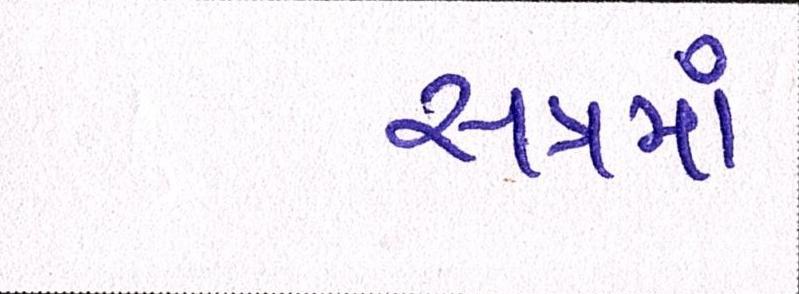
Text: સત્રમાં